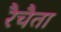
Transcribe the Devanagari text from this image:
रैचैता